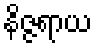
နိဇ္ဇရာယ